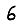
Digit: 6